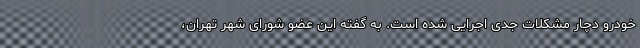
خودرو دچار مشکلات جدی اجرایی شده است. به گفته این عضو شورای شهر تهران،